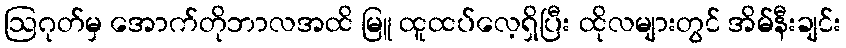
ဩဂုတ်မှ အောက်တိုဘာလအထိ မြူ ထူထပ်လေ့ရှိပြီး ထိုလများတွင် အိမ်နီးချင်း